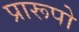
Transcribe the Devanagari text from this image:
प्रारूपो